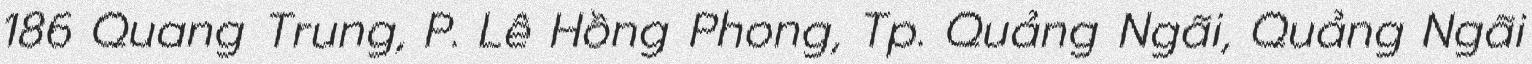
186 Quang Trung, P. Lê Hồng Phong, Tp. Quảng Ngãi, Quảng Ngãi